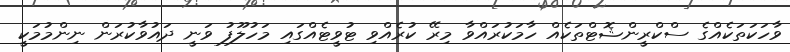
ވާހަކަތަކެއްގެ ސްކްރީންޝޮޓްތަކެއް ހާމަކުރައްވާ މިރޭ ކުރެއްވި ޓުވީޓެއްގައި މަހުލޫފު ވަނީ ދައުވާކުރަން ނިންމުމަކީ